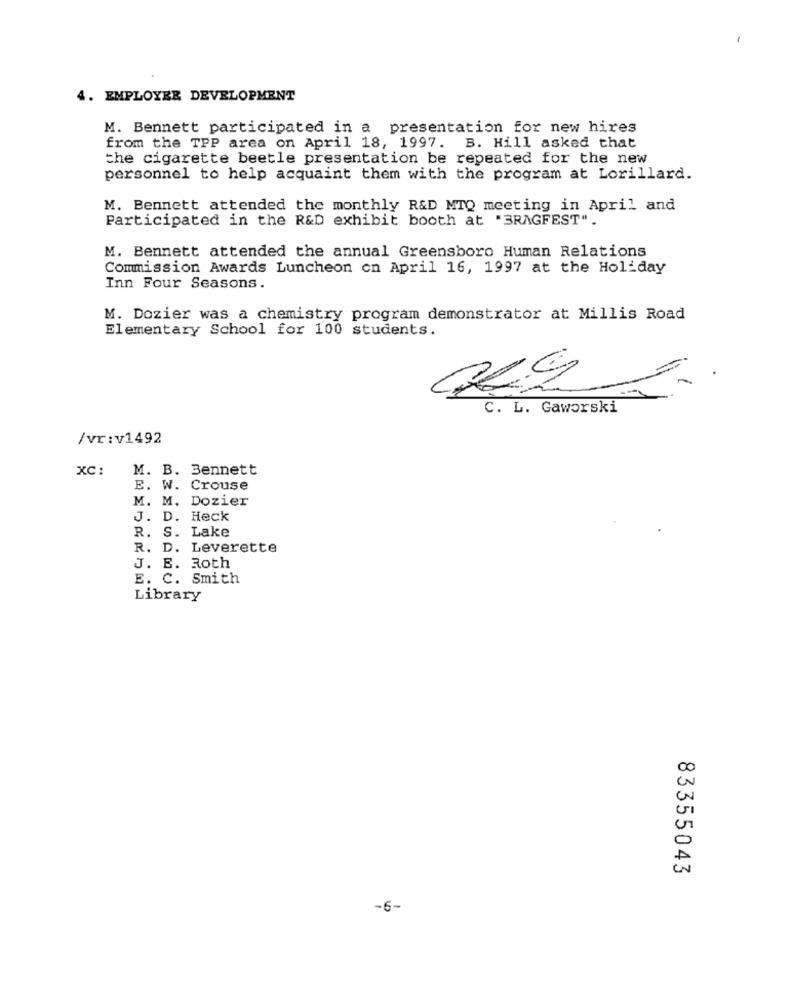
4. EMPLOYEE DEVELOPMENT
M. Bennett participated in a presentation for new hires
from the TPP area on April 18, 1997. B. Hill asked that
the cigarette beetle presentation be repeated for the new
personnel to help acquaint them with the program at Lorillard.
M. Bennett attended the monthly R&D MTQ meeting in April and
Participated in the R&D exhibit booth at "BRAGFEST".
M. Bennett attended the annual Greensboro Human Relations
Commission Awards Luncheon on April 16, 1997 at the Holiday
Inn Four Seasons.
M. Dozier was a chemistry program demonstrator at Millis Road
Elementary School for 100 students.
C. L. Gaworski
/vr:v1492
XC:
M. B. Bennett
E. W. Crouse
M. M. Dozier
J. D. Heck
R. S. Lake
R. D. Leverette
J. B. Roth
E. C. Smith
Library
00
A
83355043
-6-